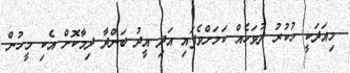
މިއަދަކީ ހުކުރު ދުވަހެއް ކަމަށްވެފައި އަދި އީދު ބަންދާ ދިމާކޮށް އެކި މީހުން